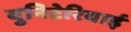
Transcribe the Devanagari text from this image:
युनिटेरियाई